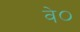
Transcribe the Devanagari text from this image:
वे०